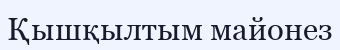
Қышқылтым майонез